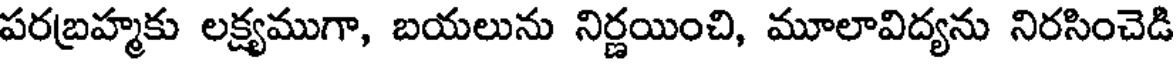
పరబ్రహ్మకు లక్ష్యముగా, బయలును నిర్ణయించి, మూలావిద్యను నిరసించెడి